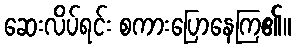
ဆေးလိပ်ရင်း စကားပြောနေကြ၏။